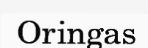
Oringas